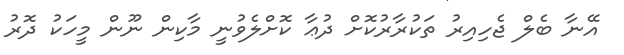
އޭނާ ބެލް ޖެހިއިރު ތަކުރާރުކޮށް ދުޢާ ކޮށްލެވުނީ މާކިން ނޫން މީހަކު ދޮރު